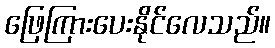
ဖြေကြားပေးနိုင်လေသည်။